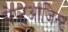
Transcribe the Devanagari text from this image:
सेप्टुआजिन्ट